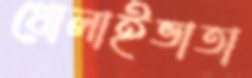
ধোলাইভাতা